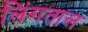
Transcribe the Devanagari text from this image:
लिंगताल